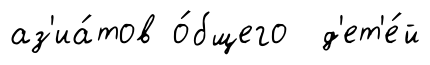
аз'иа́тов о́бщего д'ет'е́й